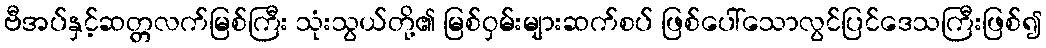
ဗီအပ်နှင့်ဆတ္တလက်မြစ်ကြီး သုံးသွယ်တို့၏ မြစ်ဝှမ်းများဆက်စပ် ဖြစ်ပေါ်သောလွင်ပြင်ဒေသကြီးဖြစ်၍